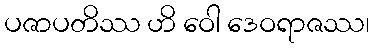
ပဇာပတိဿ ဟိ ဝေါ ဒေဝရာဇဿ၊